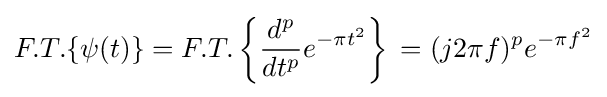
F.T.\{\psi (t)\}=F.T.\left\{{\frac {d^{p}}{dt^{p}}}e^{-\pi t^{2}}\right\}\,=(j2\pi f)^{p}e^{-\pi f^{2}}